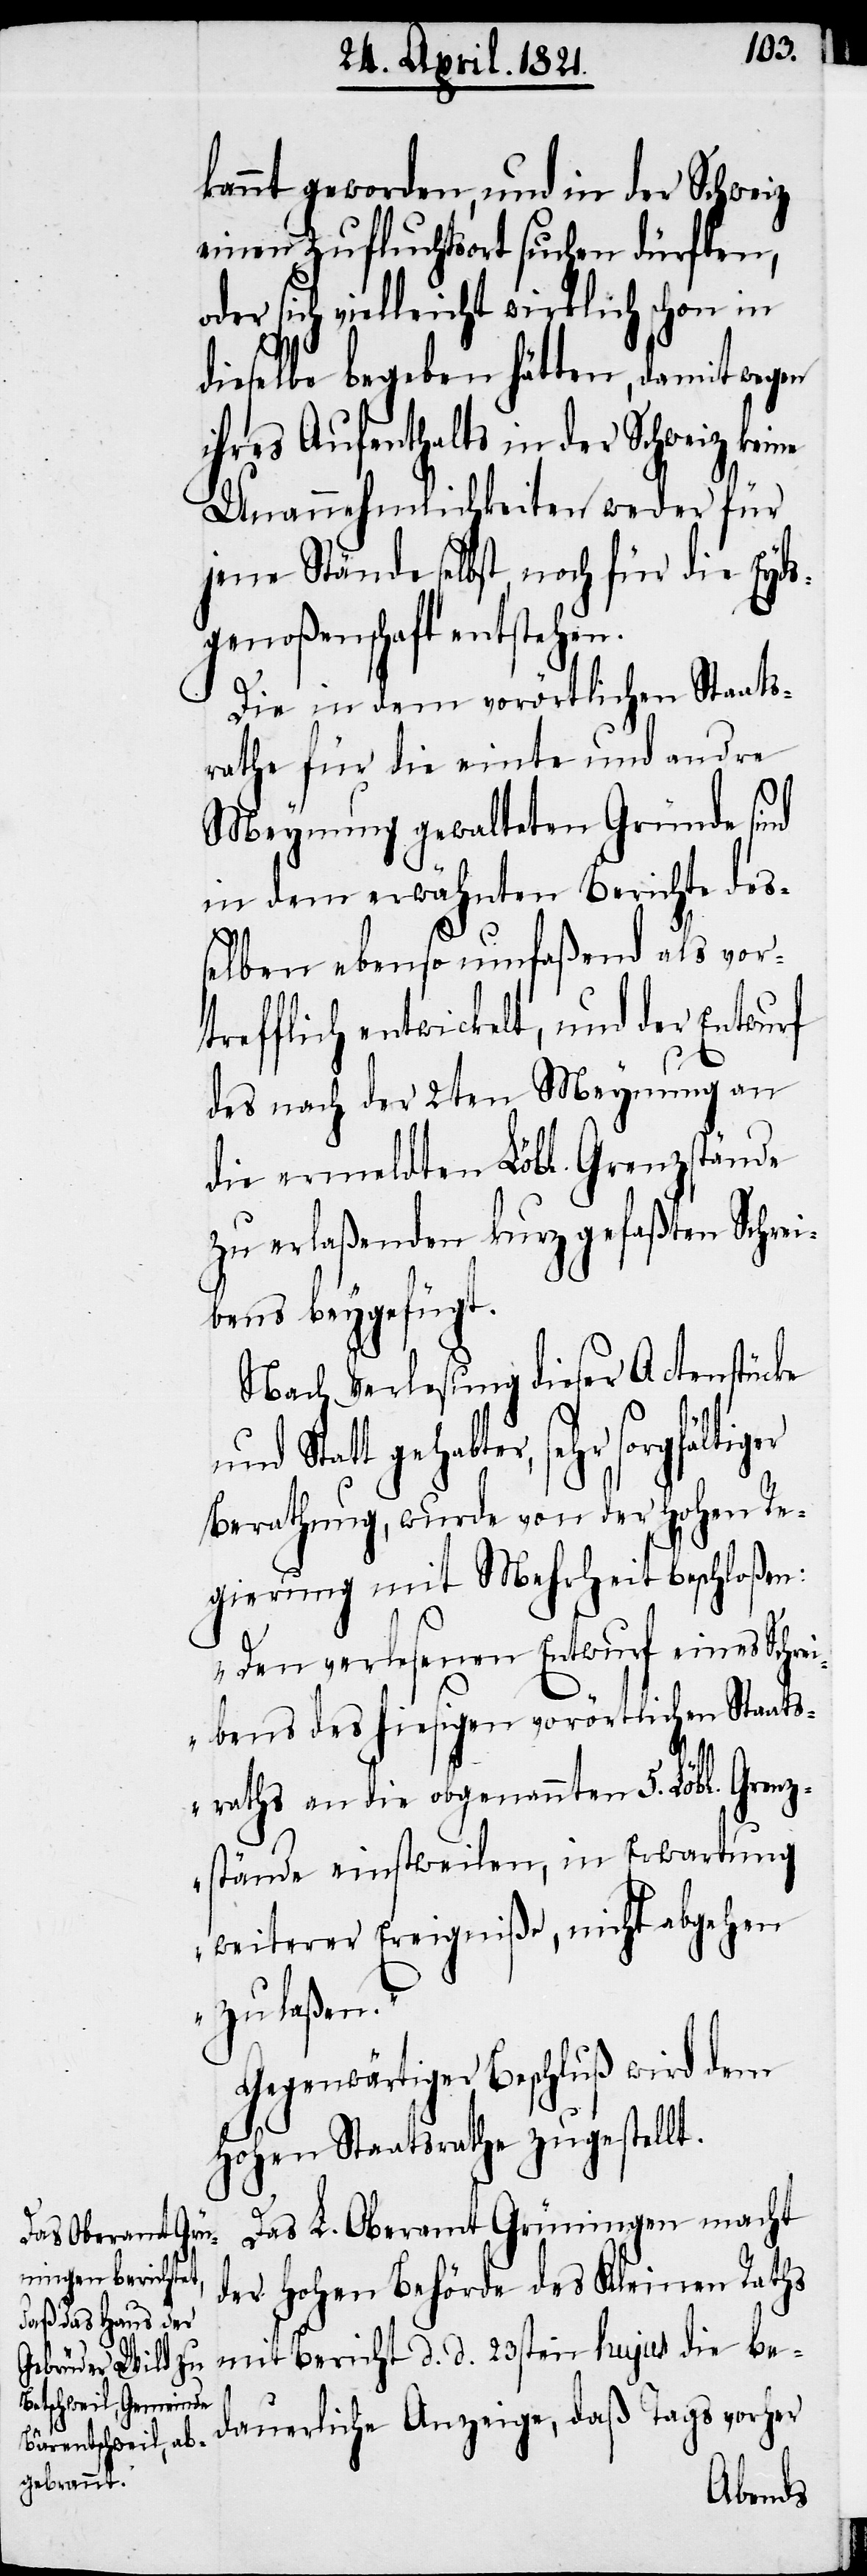
kannt geworden, und in der Schweiz
einen Zufluchtsort suchen dürften,
sich vielleicht wirklich schon in
dieselbe begeben hätten, damit wegen
ihres Aufenthalts in der Schweiz keine
Unannehmlichkeiten weder für
jene Stände selbst, noch für die Eyds¬
genoßenschaft entstehen.
Die in dem vorörtlichen Staats¬
rathe für die einte und andre
Meynung gewalteten Gründe sind
in dem erwähnten Berichte des¬
selben ebenso umfaßend als vort¬
refflich entwickelt, und der Entwurf
des nach der 2ten Meynung an
die ermeldten Löbl. Grenzstände
zu erlaßenden kurz gefaßten Schrei¬
bens beygefügt.
Nach Verlesung dieser Actenstücke
dauerliche Anzeige,
Berathung, wurde von der hohen Re¬
gierung mit Mehrheit beschloßen:
„Den verlesenen Entwurf eines Schre¬
ibens des hiesigen vorörtlichen Staats¬
raths an die obgenannten 5. Löbl. Grenz¬
stände einstweilen, in Erwartung
weiterer Ereigniße, nicht abgehen
zu laßen.“
Gegenwärtiger Beschluß wird dem
hohen Staatsrathe zugestellt.
Das L. Oberamt Grüningen macht
der hohen Behörde des Kleinen Raths
mit Bericht d. d. 23sten hujus die be¬